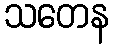
သတေန